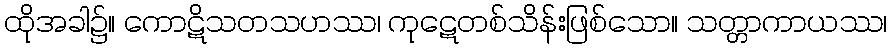
ထိုအခါ၌။ ကောဋိသတသဟဿ၊ ကုဋေတစ်သိန်းဖြစ်သော။ သတ္တာကာယဿ၊